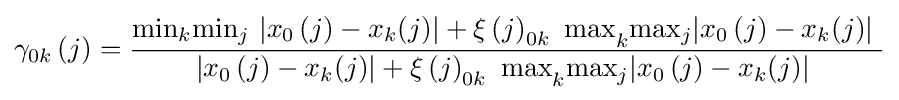
{\gamma }_{0k}\left(j\right)={\frac {{{\min }_{k}{\min }_{j}\ }|x_{0}\left(j\right)-x_{k}(j)|+{{{\xi \left(j\right)}_{0k}\mathrm {\ } \max }_{k}{\max }_{j}|x_{0}\left(j\right)-x_{k}(j)|\ }}{|x_{0}\left(j\right)-x_{k}(j)|+{{{\xi \left(j\right)}_{0k}\mathrm {\ } \max }_{k}{\max }_{j}|x_{0}\left(j\right)-x_{k}(j)|\ }}}